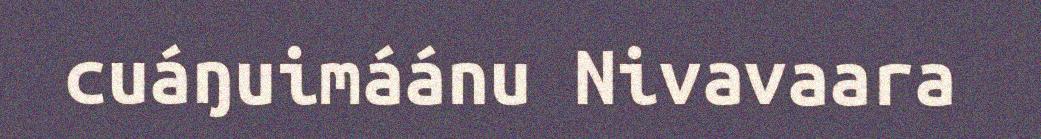
cuáŋuimáánu Nivavaara